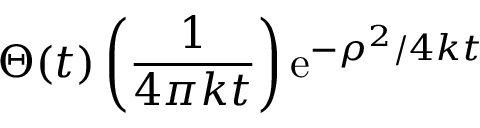
\Theta ( t ) \left( { \frac { 1 } { 4 \pi k t } } \right) \mathrm { e } ^ { - \rho ^ { 2 } / 4 k t }